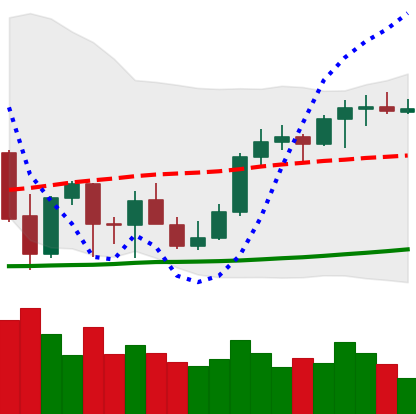
Ticker: ETH-USD
Chart end date: 2021-10-09
Forward return: 5.881%
Label: up_5_7